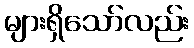
များရှိသော်လည်း